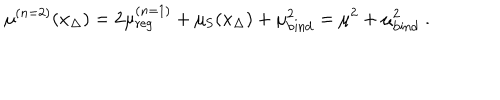
\mu ^ { ( n = 2 ) } ( x _ { \Delta } ) = 2 \mu _ { \mathrm { r e g } } ^ { ( n = 1 ) } + \mu _ { \mathrm { S } } ( x _ { \Delta } ) + \mu _ { \mathrm { b i n d } } ^ { 2 } = \mu ^ { 2 } + \mu _ { \mathrm { b i n d } } ^ { 2 } \ .